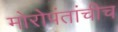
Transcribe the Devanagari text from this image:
मोरोपंतांचीच